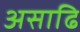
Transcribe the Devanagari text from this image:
असाढि